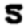
Digit: 5